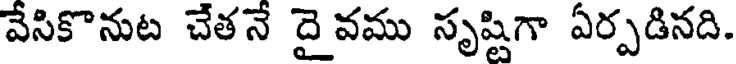
వేసికొనుట చేతనే దై వము సృష్టిగా ఏర్పడినది.